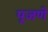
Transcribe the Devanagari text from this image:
पूजणे